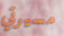
مسيرتي